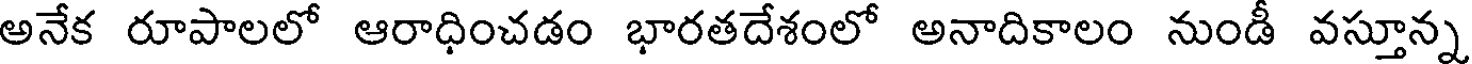
అనేక రూపాలలో ఆరాధించడం భారతదేశంలో అనాదికాలం నుండీ వస్తూన్న